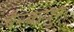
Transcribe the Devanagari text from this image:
बैरकपुर।